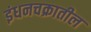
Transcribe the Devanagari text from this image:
इंधनचक्रातील